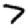
Digit: 7